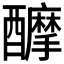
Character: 𨣴